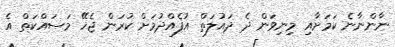
ނާންނާނެ ކަމަށާއި މިނިވަން ދެ ދައުލަތް އުފެއްދުމަށް ކުރަން ޖެހޭ މަސައްކަތް އެ